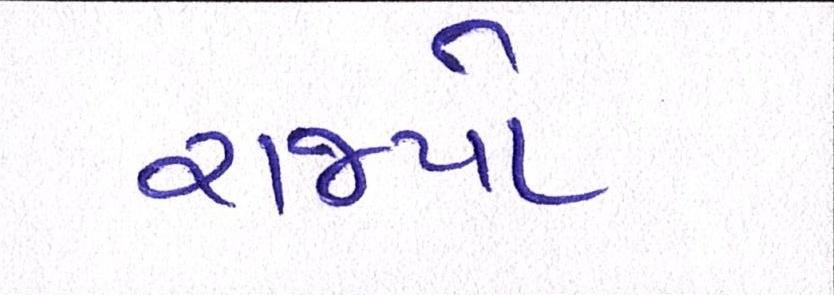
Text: રાજ્યો